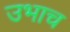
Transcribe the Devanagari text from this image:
उभाच